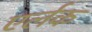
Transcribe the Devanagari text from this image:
एर्लक